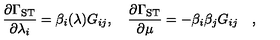
{ \frac { \partial \Gamma _ { \mathrm { S T } } } { \partial \lambda _ { i } } } = \beta _ { i } ( \lambda ) G _ { i j } , \quad { \frac { \partial \Gamma _ { \mathrm { S T } } } { \partial \mu } } = - \beta _ { i } \beta _ { j } G _ { i j } \quad ,